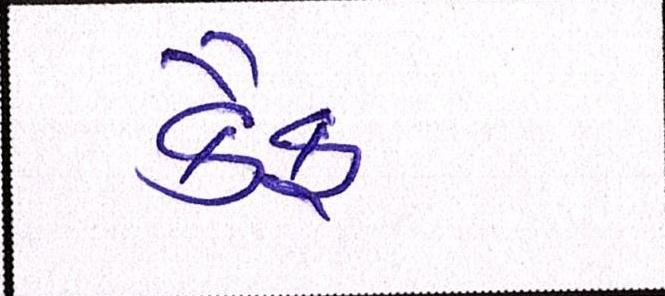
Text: કૈફ